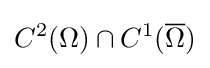
C^{2}(\Omega )\cap C^{1}({\overline {\Omega }})